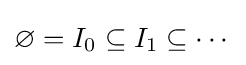
\varnothing =I_{0}\subseteq I_{1}\subseteq \cdots